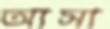
আসা